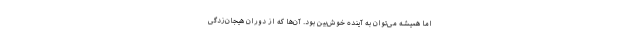
اما همیشه می‌توان به آینده خوش‌بین بود. آن‌ها که از دوران هیجان‌زدگی